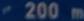
200m